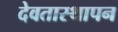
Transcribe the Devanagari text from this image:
देवतास्थापन